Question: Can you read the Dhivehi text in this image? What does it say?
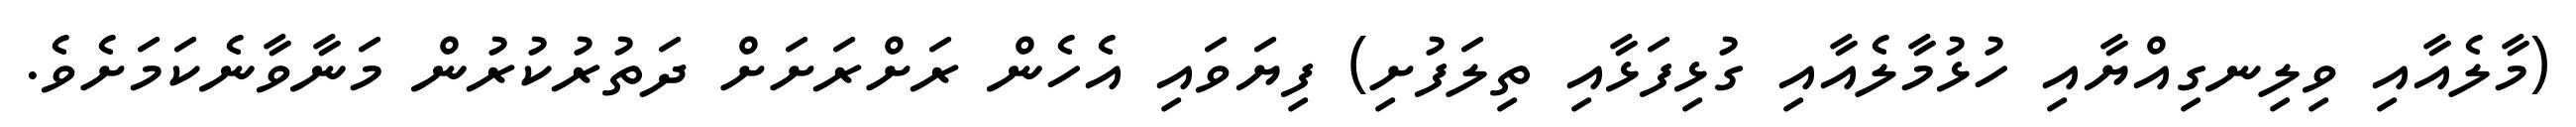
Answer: (މާލެއާއި ވިލިނގިއްޔާއި ހުޅުމާލެއާއި ގުޅިފަޅާއި ތިލަފުށި) ފިޔަވައި އެހެން ރަށްރަށަށް ދަތުރުކުރުން މަނާވާނެކަމަށެވެ.